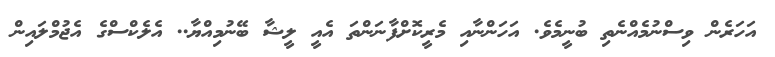
އަހަރެން ވިސްނުމެއްނެތި ބުނީމެވެ. އަހަންނާއި މެރީކޮށްފާނަންތަ އެއީ ލީޝާ ބޭނުމިއްޔާ.. އެލެކްސްގެ އެޖުމްލައިން